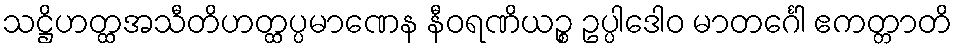
သဋ္ဌိဟတ္ထအသီတိဟတ္ထပ္ပမာဏေန နီဝရဏိယဉ္စ ဥပ္ပါဒေါဝ မာတင်္ဂေါ ဧကတ္တာတိ